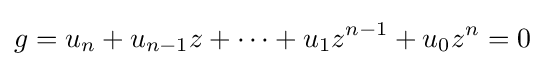
g=u_{n}+u_{n-1}z+\dots +u_{1}z^{n-1}+u_{0}z^{n}=0